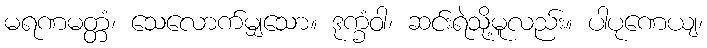
မရဏမတ္တံ၊ သေလောက်မျှသော။ ဒုက္ခံဝါ၊ ဆင်းရဲသို့မူလည်း။ ပါပုဏေယျ၊